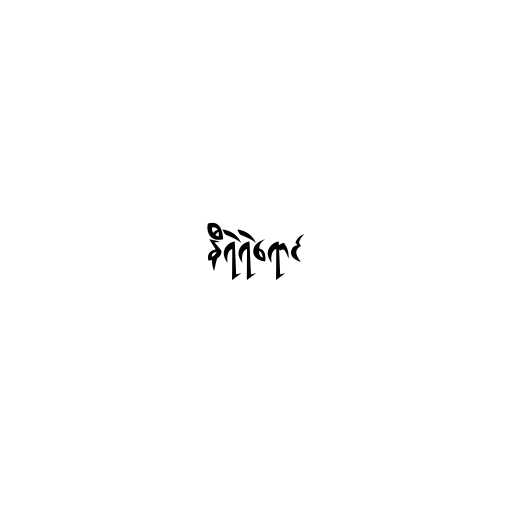
နီရဲရဲရောင်